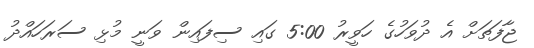
ޖާފަތަށް އެ ދުވަހުގެ ހަވީރު 5:00 ގައި ސިފައިން ވަނީ މުޅި ސަރަހައްދު